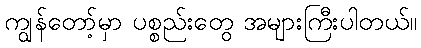
ကျွန်တော့်မှာ ပစ္စည်းတွေ အများကြီးပါတယ်။